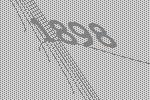
1898